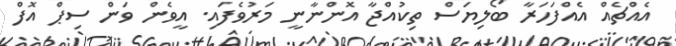
އެއްޗެއް އެއްފަހަރާ ބޯލިޔަސް ތިކުއްޖާ އޮންނާނީ މަރުވެފައި. އީވެން ވަން ސިޕް އޮފް